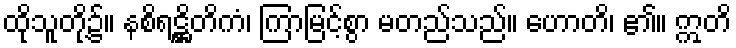
ထိုသူတို့၌။ နစိရဋ္ဌိတိကံ၊ ကြာမြင့်စွာ မတည်သည်။ ဟောတိ၊ ၏။ ဣတိ